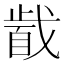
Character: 𱟞